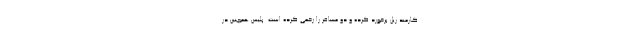
کارمند ریل برخورد کرده و دو مسافر را زخمی کرده است. پلیس همچنین در